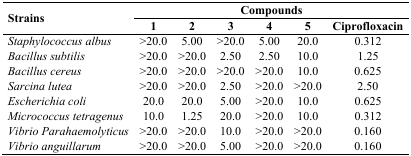
| <ROWSPAN=2> Strains | <COLSPAN=6> Compounds |
 | 1 | 2 | 3 | 4 | 5 | Ciprofloxacin |
 | --- | --- | --- | --- | --- | --- | --- |
 | Staphylococcus albus | >20.0 | 5.00 | >20.0 | 5.00 | 20.0 | 0.312 |
 | Bacillus subtilis | >20.0 | >20.0 | 2.50 | 2.50 | 10.0 | 1.25 |
 | Bacillus cereus | >20.0 | >20.0 | >20.0 | >20.0 | 10.0 | 0.625 |
 | Sarcina lutea | >20.0 | >20.0 | 2.50 | >20.0 | >20.0 | 2.50 |
 | Escherichia coli | 20.0 | 20.0 | 5.00 | >20.0 | 10.0 | 0.625 |
 | Micrococcus tetragenus | 10.0 | 1.25 | 20.0 | >20.0 | 10.0 | 0.312 |
 | Vibrio Parahaemolyticus | >20.0 | >20.0 | 10.0 | >20.0 | >20.0 | 0.160 |
 | Vibrio anguillarum | >20.0 | >20.0 | 5.00 | >20.0 | >20.0 | 0.160 |